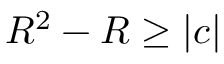
R ^ { 2 } - R \geq | c |